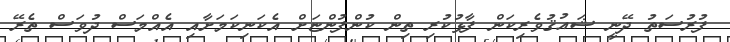
ފުރުސަތު ދޭނީ ޝައުޤުވެރިކަން ފާޅުކުރި ތިން ކުންފުންޏަށް އެކަނިކަމަށާއި އެއްމަސް ދުވަސް ތެރޭ